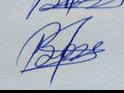
Signature authenticity: genuine